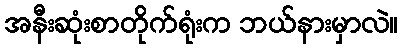
အနီးဆုံးစာတိုက်ရုံးက ဘယ်နားမှာလဲ။